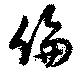
倫